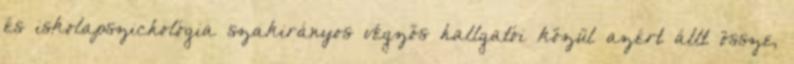
és iskolapszichológia szakirányos végzős hallgatói közül azért állt össze,